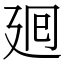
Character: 𢌞